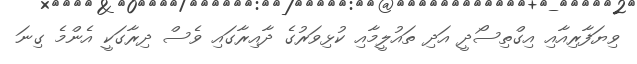
ވިޔަފާރިއާއި އިގްތިސޯދީ އަދި ތައުލީމާއި ކުޅިވަރުގެ ދާއިރާގައި ވެސް ދިރާގަކީ އެންމެ ގިނަ